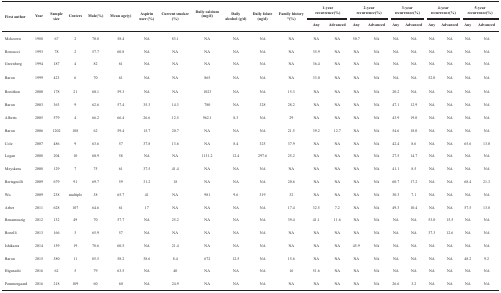
<table><thead><tr><td rowspan="2"><b>First author</b></td><td rowspan="2"><b>Year</b></td><td rowspan="2"><b>Sample size</b></td><td rowspan="2"><b>Centers</b></td><td rowspan="2"><b>Male(%)</b></td><td rowspan="2"><b>Mean age(y)</b></td><td rowspan="2"><b>Aspirin user (%)</b></td><td rowspan="2"><b>Current smoker (%)</b></td><td rowspan="2"><b>Daily calcium (mg/d)</b></td><td rowspan="2"><b>Daily alcohol (g/d)</b></td><td rowspan="2"><b>Daily folate (ug/d)</b></td><td rowspan="2"><b>Family history *(%)</b></td><td colspan="2"><b>1-year recurrence(%)</b></td><td colspan="2"><b>2-year recurrence(%)</b></td><td colspan="2"><b>3-year recurrence(%)</b></td><td colspan="2"><b>4-year recurrence(%)</b></td><td colspan="2"><b>5-year recurrence(%)</b></td></tr><tr><td><b>Any</b></td><td><b>Advanced</b></td><td><b>Any</b></td><td><b>Advanced</b></td><td><b>Any</b></td><td><b>Advanced</b></td><td><b>Any</b></td><td><b>Advanced</b></td><td><b>Any</b></td><td><b>Advanced</b></td></tr></thead><tbody><tr><td>Mckeown</td><td>1988</td><td>67</td><td>2</td><td>70.8</td><td>58.4</td><td>NA</td><td>83.1</td><td>NA</td><td>NA</td><td>NA</td><td>NA</td><td>NA</td><td>NA</td><td>50.7</td><td>NA</td><td>NA</td><td>NA</td><td>NA</td><td>NA</td><td>NA</td><td>NA</td></tr><tr><td>Roncucci</td><td>1993</td><td>78</td><td>2</td><td>57.7</td><td>60.8</td><td>NA</td><td>NA</td><td>NA</td><td>NA</td><td>NA</td><td>NA</td><td>35.9</td><td>NA</td><td>NA</td><td>NA</td><td>NA</td><td>NA</td><td>NA</td><td>NA</td><td>NA</td><td>NA</td></tr><tr><td>Greenberg</td><td>1994</td><td>187</td><td>4</td><td>82</td><td>61</td><td>NA</td><td>NA</td><td>NA</td><td>NA</td><td>NA</td><td>NA</td><td>36.4</td><td>NA</td><td>NA</td><td>NA</td><td>NA</td><td>NA</td><td>NA</td><td>NA</td><td>NA</td><td>NA</td></tr><tr><td>Baron</td><td>1999</td><td>423</td><td>6</td><td>70</td><td>61</td><td>NA</td><td>NA</td><td>865</td><td>NA</td><td>NA</td><td>NA</td><td>33.0</td><td>NA</td><td>NA</td><td>NA</td><td>NA</td><td>NA</td><td>52.0</td><td>NA</td><td>NA</td><td>NA</td></tr><tr><td>Bonithon</td><td>2000</td><td>178</td><td>21</td><td>60.1</td><td>59.3</td><td>NA</td><td>NA</td><td>1023</td><td>NA</td><td>NA</td><td>15.3</td><td>NA</td><td>NA</td><td>NA</td><td>NA</td><td>20.2</td><td>NA</td><td>NA</td><td>NA</td><td>NA</td><td>NA</td></tr><tr><td>Baron</td><td>2003</td><td>363</td><td>9</td><td>62.6</td><td>57.4</td><td>35.3</td><td>14.3</td><td>780</td><td>NA</td><td>328</td><td>28.2</td><td>NA</td><td>NA</td><td>NA</td><td>NA</td><td>47.1</td><td>12.9</td><td>NA</td><td>NA</td><td>NA</td><td>NA</td></tr><tr><td>Alberts</td><td>2005</td><td>579</td><td>4</td><td>66.2</td><td>66.4</td><td>26.6</td><td>12.5</td><td>962.1</td><td>8.3</td><td>NA</td><td>29</td><td>NA</td><td>NA</td><td>NA</td><td>NA</td><td>43.9</td><td>19.0</td><td>NA</td><td>NA</td><td>NA</td><td>NA</td></tr><tr><td>Baron</td><td>2006</td><td>1202</td><td>108</td><td>62</td><td>59.4</td><td>15.7</td><td>20.7</td><td>NA</td><td>NA</td><td>NA</td><td>21.5</td><td>39.2</td><td>12.7</td><td>NA</td><td>NA</td><td>54.6</td><td>18.0</td><td>NA</td><td>NA</td><td>NA</td><td>NA</td></tr><tr><td>Cole</td><td>2007</td><td>486</td><td>9</td><td>63.6</td><td>57</td><td>37.8</td><td>13.6</td><td>NA</td><td>8.4</td><td>325</td><td>37.9</td><td>NA</td><td>NA</td><td>NA</td><td>NA</td><td>42.4</td><td>8.6</td><td>NA</td><td>NA</td><td>65.6</td><td>13.0</td></tr><tr><td>Logan</td><td>2008</td><td>204</td><td>10</td><td>60.9</td><td>58</td><td>NA</td><td>NA</td><td>1131.2</td><td>12.4</td><td>297.6</td><td>25.2</td><td>NA</td><td>NA</td><td>NA</td><td>NA</td><td>27.5</td><td>14.7</td><td>NA</td><td>NA</td><td>NA</td><td>NA</td></tr><tr><td>Meyskens</td><td>2008</td><td>129</td><td>7</td><td>75</td><td>61</td><td>37.5</td><td>41.4</td><td>NA</td><td>NA</td><td>NA</td><td>NA</td><td>NA</td><td>NA</td><td>NA</td><td>NA</td><td>41.1</td><td>8.5</td><td>NA</td><td>NA</td><td>NA</td><td>NA</td></tr><tr><td>Bertagnolli</td><td>2009</td><td>679</td><td>91</td><td>69.7</td><td>59</td><td>31.2</td><td>18</td><td>NA</td><td>NA</td><td>NA</td><td>20.6</td><td>NA</td><td>NA</td><td>NA</td><td>NA</td><td>60.7</td><td>17.2</td><td>NA</td><td>NA</td><td>68.4</td><td>21.3</td></tr><tr><td>Wu</td><td>2009</td><td>238</td><td>multiple</td><td>38</td><td>65.7</td><td>41</td><td>NA</td><td>981</td><td>9.6</td><td>319</td><td>32</td><td>NA</td><td>NA</td><td>NA</td><td>NA</td><td>30.3</td><td>7.1</td><td>NA</td><td>NA</td><td>NA</td><td>NA</td></tr><tr><td>Arber</td><td>2011</td><td>628</td><td>107</td><td>64.6</td><td>61</td><td>17</td><td>NA</td><td>NA</td><td>NA</td><td>NA</td><td>17.4</td><td>32.5</td><td>7.2</td><td>NA</td><td>NA</td><td>49.3</td><td>10.4</td><td>NA</td><td>NA</td><td>57.5</td><td>13.8</td></tr><tr><td>Benamouzig</td><td>2012</td><td>132</td><td>49</td><td>70</td><td>57.7</td><td>NA</td><td>25.2</td><td>NA</td><td>NA</td><td>NA</td><td>39.4</td><td>41.1</td><td>11.6</td><td>NA</td><td>NA</td><td>NA</td><td>NA</td><td>53.0</td><td>15.5</td><td>NA</td><td>NA</td></tr><tr><td>Bonelli</td><td>2013</td><td>166</td><td>3</td><td>65.9</td><td>57</td><td>NA</td><td>NA</td><td>NA</td><td>NA</td><td>NA</td><td>NA</td><td>NA</td><td>NA</td><td>NA</td><td>NA</td><td>NA</td><td>NA</td><td>37.3</td><td>12.6</td><td>NA</td><td>NA</td></tr><tr><td>Ishikawa</td><td>2014</td><td>159</td><td>19</td><td>78.6</td><td>60.5</td><td>NA</td><td>21.4</td><td>NA</td><td>NA</td><td>NA</td><td>NA</td><td>NA</td><td>NA</td><td>45.9</td><td>NA</td><td>NA</td><td>NA</td><td>NA</td><td>NA</td><td>NA</td><td>NA</td></tr><tr><td>Baron</td><td>2015</td><td>380</td><td>11</td><td>85.5</td><td>58.2</td><td>38.6</td><td>8.4</td><td>672</td><td>12.5</td><td>NA</td><td>15.6</td><td>NA</td><td>NA</td><td>NA</td><td>NA</td><td>NA</td><td>NA</td><td>NA</td><td>NA</td><td>48.2</td><td>9.2</td></tr><tr><td>Higurashi</td><td>2016</td><td>62</td><td>5</td><td>79</td><td>63.5</td><td>NA</td><td>40</td><td>NA</td><td>NA</td><td>NA</td><td>16</td><td>51.6</td><td>NA</td><td>NA</td><td>NA</td><td>NA</td><td>NA</td><td>NA</td><td>NA</td><td>NA</td><td>NA</td></tr><tr><td>Pommergaard</td><td>2016</td><td>218</td><td>109</td><td>60</td><td>60</td><td>NA</td><td>24.9</td><td>NA</td><td>NA</td><td>NA</td><td>NA</td><td>NA</td><td>NA</td><td>NA</td><td>NA</td><td>26.6</td><td>3.2</td><td>NA</td><td>NA</td><td>NA</td><td>NA</td></tr></tbody></table>